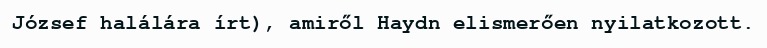
József halálára írt), amiről Haydn elismerően nyilatkozott.